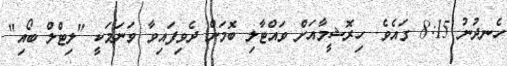
ހެނދުނު 8:15 ގައެވެ. ހިރޮޝީމާއަށް ވައްޓާލި ބޮމަށް ދެވިފައިވާ ވަނަމަކީ "ލިޓްލް ބޯއި"